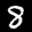
Label: 8